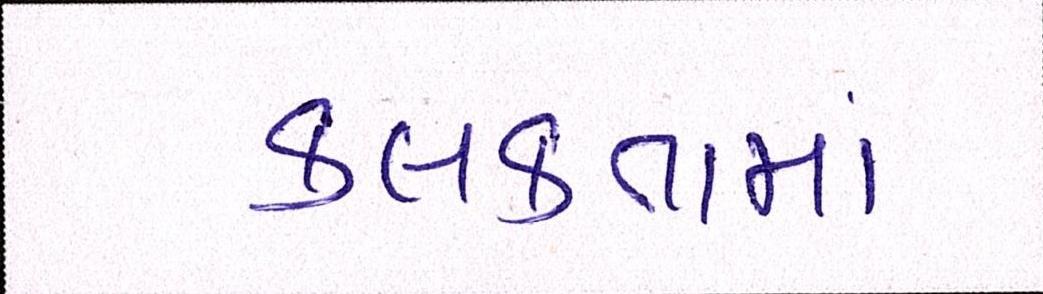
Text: કલકતામાં